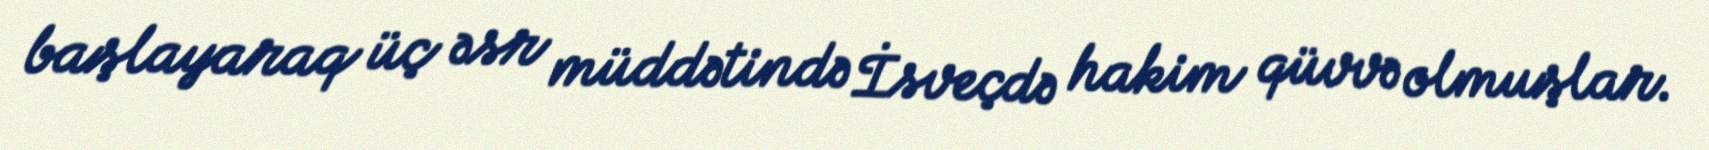
başlayaraq üç əsr müddətində İsveçdə hakim qüvvə olmuşlar.